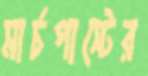
মার্চপাস্টের